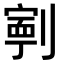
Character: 𭄑